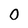
Character: 0